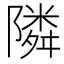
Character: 隣